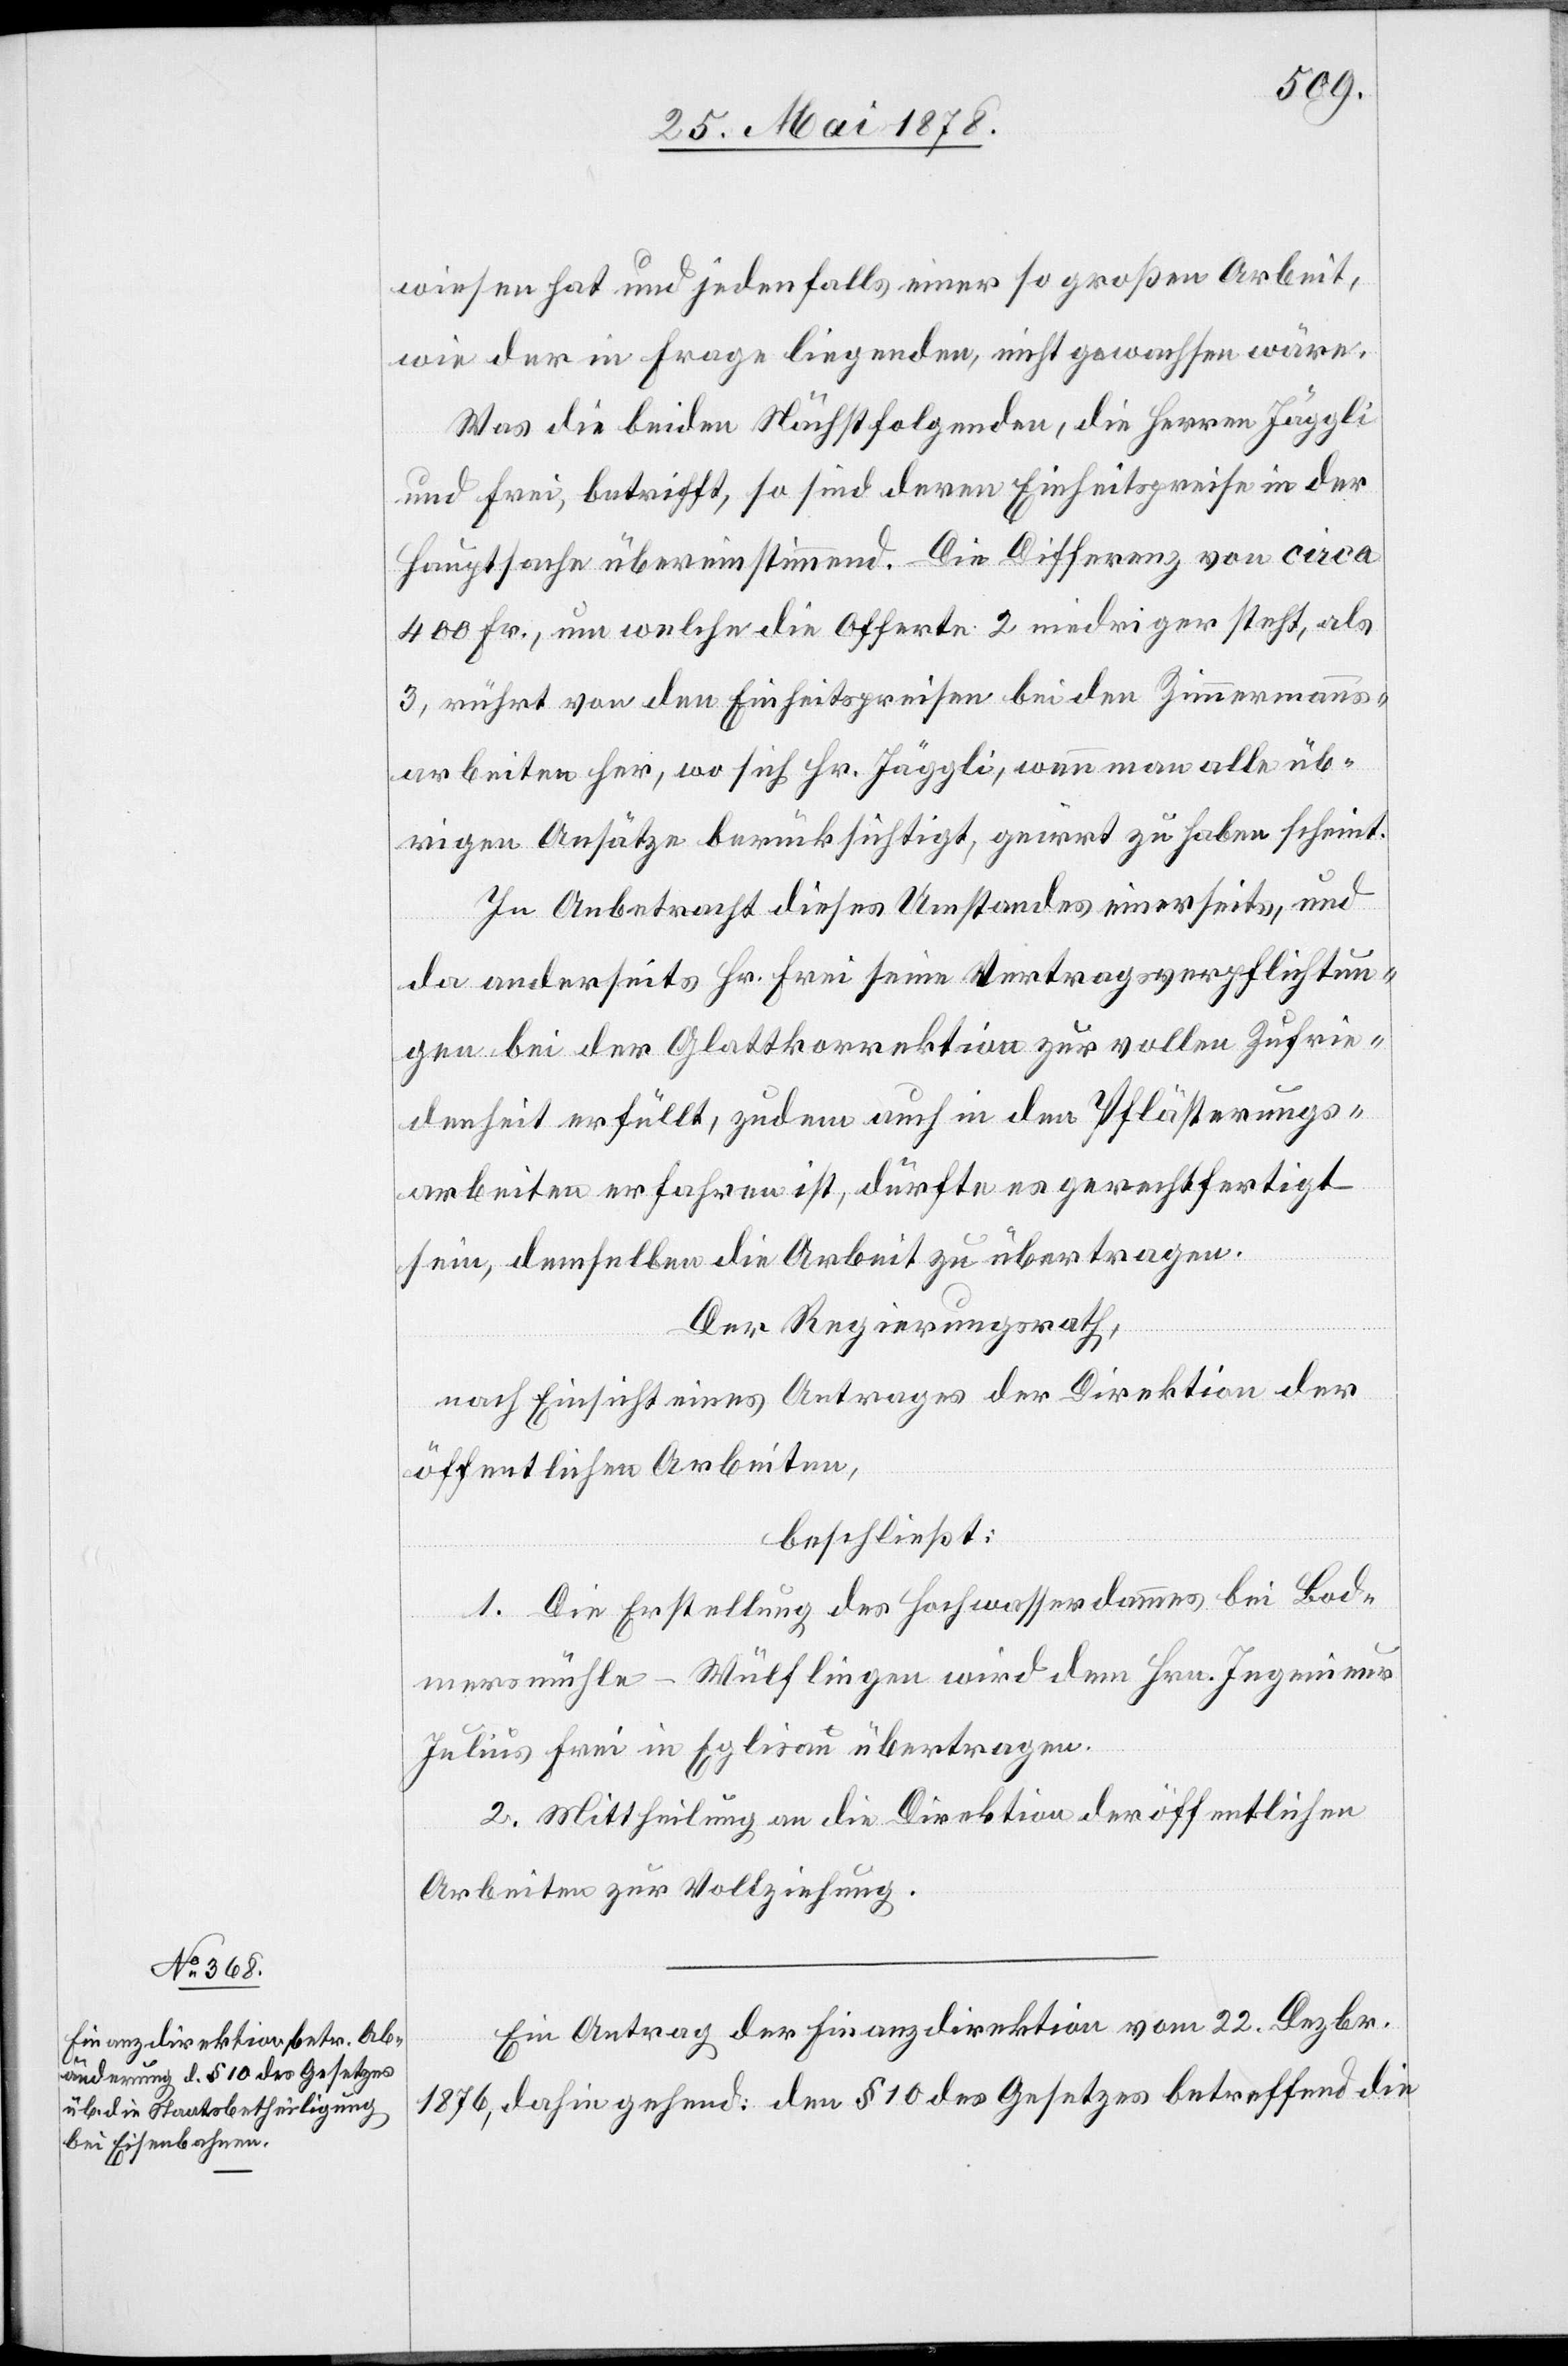
wiesen hat und jedenfalls einer so großen Arbeit,
wie der in Frage liegenden, nicht gewachsen wäre.
Was die beiden Nächstfolgenden, die Herren Jäggli
und Frei, betrifft, so sind deren Einheitspreise in der
Hauptsache übereinstimmend. Die Differenz von circa
400 Fr. um welche die Offerte 2 niedriger steht, als
3, rührt von den Einheitspreisen bei den Zimmermanns¬
arbeiten her, wo sich Hr. Jäggli, wenn man alle üb¬
rigen Ansätze berücksichtigt, geirrt zu haben scheint.
In Anbetracht dieses Umstandes einerseits, und
da anderseits Hr. Frei seine Vertragsverpflichtun¬
gen bei der Glattkorrektion zur vollen Zufrie¬
denheit erfüllt, zudem auch in den Pflästerungs¬
arbeiten erfahren ist, dürfte es gerechtfertigt
sein, demselben die Arbeit zu übertragen.
Der Regierungsrath,
nach Einsicht eines Antrages der Direktion der
öffentlichen Arbeiten,
beschließt:
1. Die Erstellung des Hochwasserdammes bei Bod¬
mersmühle - Wülflingen wird dem Hrn. Ingenieur
Julius Frei in Eglisau übertragen.
2. Mittheilung an die Direktion der öffentlichen
Arbeiten zur Vollziehung.
Ein Antrag der Finanzdirektion vom 22. Dezbr.
1876, dahin gehend: den § 10 des Gesetzes betreffend die